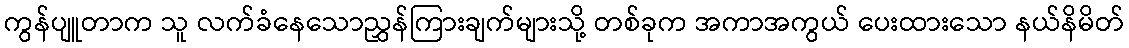
ကွန်ပျူတာက သူ လက်ခံနေသောညွှန်ကြားချက်များသို့ တစ်ခုက အကာအကွယ် ပေးထားသော နယ်နိမိတ်